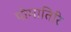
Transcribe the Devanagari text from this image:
पोमातिरि